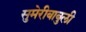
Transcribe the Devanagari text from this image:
सुमेरीबाबुली